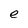
Character: e